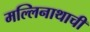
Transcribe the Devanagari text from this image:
मल्लिनाथाची